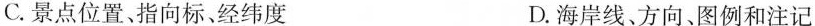
C.景点位置、指向标、经纬度 D.海岸线、方向、图例和注记